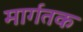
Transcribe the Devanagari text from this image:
मार्गतक